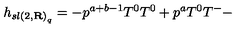
h _ { { s l ( 2 , { \bf R } ) } _ { q } } = - p ^ { a + b - 1 } T ^ { 0 } T ^ { 0 } + p ^ { a } T ^ { 0 } T ^ { - } -